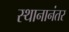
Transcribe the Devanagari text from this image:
स्थानानंतर